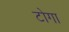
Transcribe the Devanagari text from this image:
टोगा